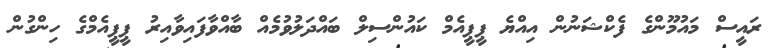
ރައީސް މައުމޫންގެ ފެކްޝަނުން އިއްޔެ ޕީޕީއެމް ކައުންސިލް ބައްދަލުވުމެއް ބާއްވާފައިވާއިރު ޕީޕީއެމްގެ ހިންގުން